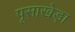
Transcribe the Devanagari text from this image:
पूसाखेड़ा